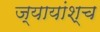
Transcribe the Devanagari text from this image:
ज्यायांश्च